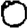
Digit: 0